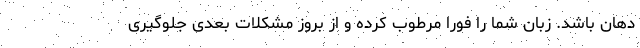
دهان باشد. زبان شما را فوراً مرطوب کرده و از بروز مشکلات بعدی جلوگیری